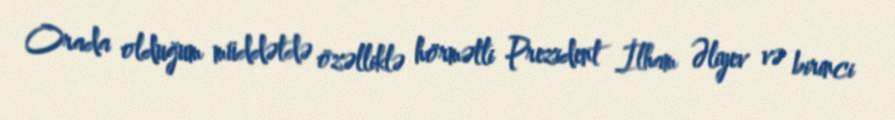
Orada olduğum müddətdə özəlliklə hörmətli Prezident İlham Əliyev və birinci